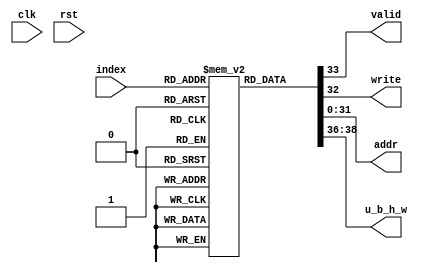
module inst (
	input wire clk,
	input wire rst,
	input wire [3:0] index,  // instruction index
	output wire valid,  // stop running if valid is 0
	output wire write,  // write enable signal for cache
	output wire [31:0] addr,  // address for cache
	output wire [2:0] u_b_h_w
	);
	reg [39:0] data [0:9];
	initial begin
		data[0] = 40'h0_2_00000004;  // read miss               1+17
		data[1] = 40'h0_3_00000019;  // write miss              1+17
		data[2] = 40'h1_2_00000008;  // read hit                1
		data[3] = 40'h1_3_00000014;  // write hit               1
		
		data[4] = 40'h2_2_00000204;  // read miss               1+17
		data[5] = 40'h2_3_00000218;  // write miss              1+17
		data[6] = 40'h0_3_00000208;  // write hit               1
		data[7] = 40'h4_2_00000414;  // read miss + dirty       1+17+17
		data[8] = 40'h1_3_00000404;  // write miss + clean      1+17
		data[9] = 40'h0;           // end                     total: 128
	end
	assign
		u_b_h_w = data[index][38:36],
		valid = data[index][33],
		write = data[index][32],
		addr = data[index][31:0];
        
endmodule